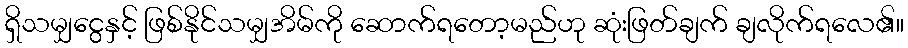
ရှိသမျှငွေနှင့် ဖြစ်နိုင်သမျှအိမ်ကို ဆောက်ရတော့မည်ဟု ဆုံးဖြတ်ချက် ချလိုက်ရလေ၏။